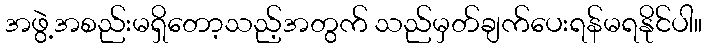
အဖွဲ့အစည်းမရှိတော့သည့်အတွက် သည်မှတ်ချက်ပေးရန်မရနိုင်ပါ။